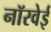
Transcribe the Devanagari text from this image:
नॉरवेई